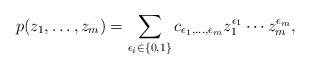
LaTeX: \begin{align*}p(z_1, \dots, z_m)=\sum_{\epsilon_i\in\{0,1\}} c_{\epsilon_1,\dots,\epsilon_m} z_1^{\epsilon_1}\cdots z_m^{\epsilon_m},\end{align*}